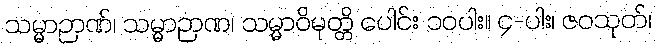
သမ္မာဉာဏ်၊ သမ္မာဉာဏ၊ သမ္မာဝိမုတ္တိ ပေါင်း ၁၀ပါး။ ၄-ပါး၊ ဇဝသုတ်၊